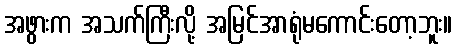
အဖွားက အသက်ကြီးလို့ အမြင်အာရုံမကောင်းတော့ဘူး။